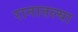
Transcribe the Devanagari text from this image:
रानातल्या